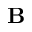
\mathbf { B }